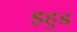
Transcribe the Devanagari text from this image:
इहुड